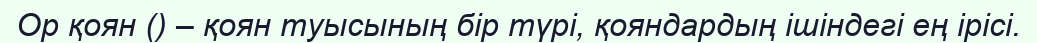
Ор қоян () – қоян туысының бір түрі, қояндардың ішіндегі ең ірісі.